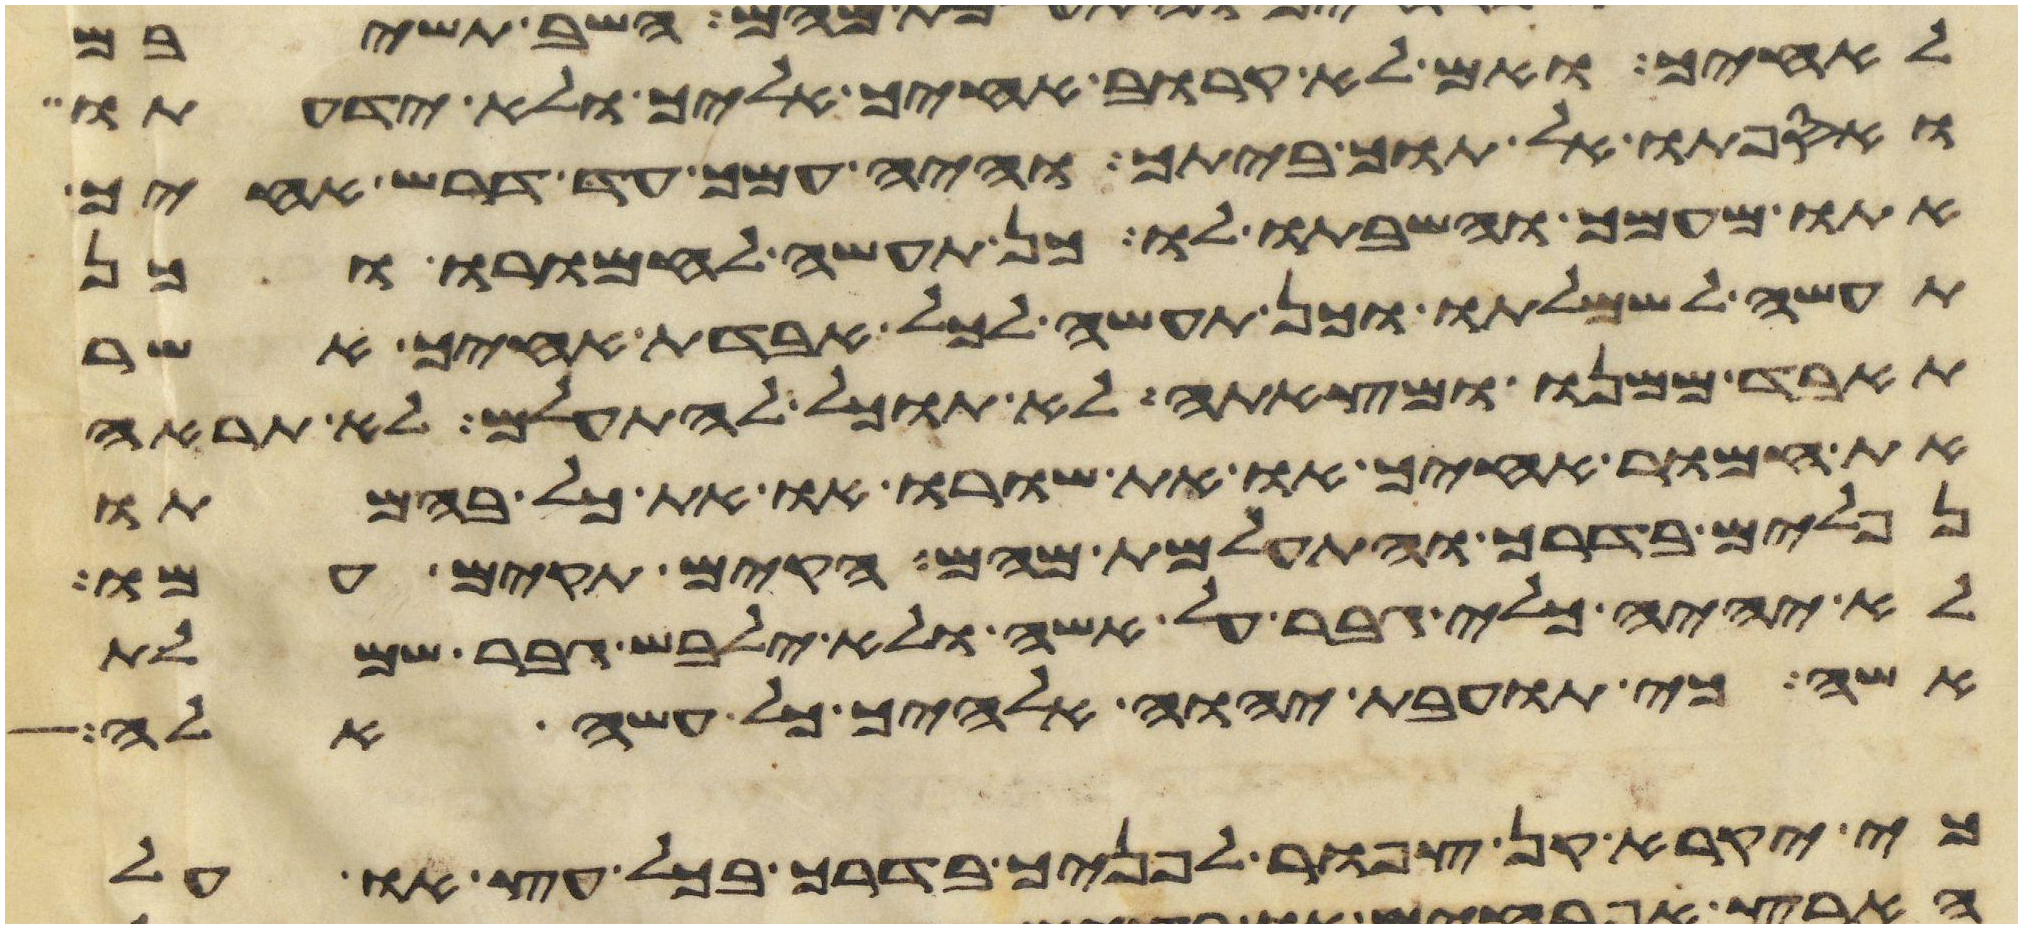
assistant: לאחיך ואם לא קרוב אחיך אליך ולא ידעתו
ואספתו אל תוך ביתך והיה עמך עד דרש אחיך
אתו מעמך והשבתו לו כן תעשה לחמרו וכן
תעשה לשמלתו וכן תעשה לכל אבדת אחיך אשר
תאבד ממנו ומצאתה לא תוכל להתעלם לא תראה
את חמור אחיך או את שורו או את כל בהמתו
נפלים בדרך והתעלמת מהם הקם תקים עמו
לא יהיה כלי גבר על אשה ולא ילבש גבר שמלת
אשה כי תועבת יהוה אלהיך כל עשה אלה
כי יקרא קן צפור לפניך בדרך בכל עץ או על